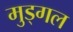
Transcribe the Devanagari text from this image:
मुड्गल